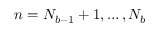
n = N _ { b - 1 } + 1 , \dots , N _ { b }